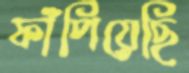
ফাঁপিয়েছি